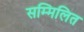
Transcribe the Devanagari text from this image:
सम्‍मिलित